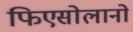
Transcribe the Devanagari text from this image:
फिएसोलानो